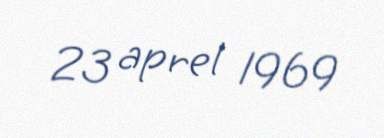
23 aprel 1969